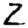
Digit: 2